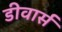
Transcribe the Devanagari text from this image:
डीवार्स